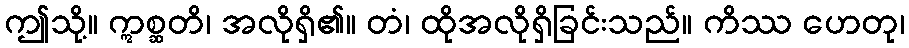
ဤသို့။ ဣစ္ဆတိ၊ အလိုရှိ၏။ တံ၊ ထိုအလိုရှိခြင်းသည်။ ကိဿ ဟေတု၊